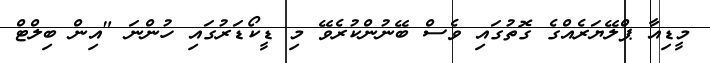
މީޑިއާ ޕްލޭޔަރެއްގެ ގޮތުގައި ވެސް ބޭނުންކުރެވޭ މި ޑީކޯޑަރުގައި ހުންނަ "އިން ބިލްޓް